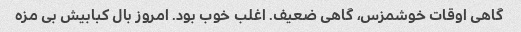
گاهی اوقات خوشمزس، گاهی ضعیف. اغلب خوب بود. امروز بال کبابیش بی مزه